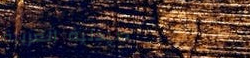
صيدلية العربية